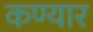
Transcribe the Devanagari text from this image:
कण्यार